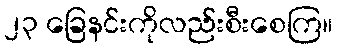
၂၃ ခြေနင်းကိုလည်းစီးစေကြ။